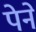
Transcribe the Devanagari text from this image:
पेने